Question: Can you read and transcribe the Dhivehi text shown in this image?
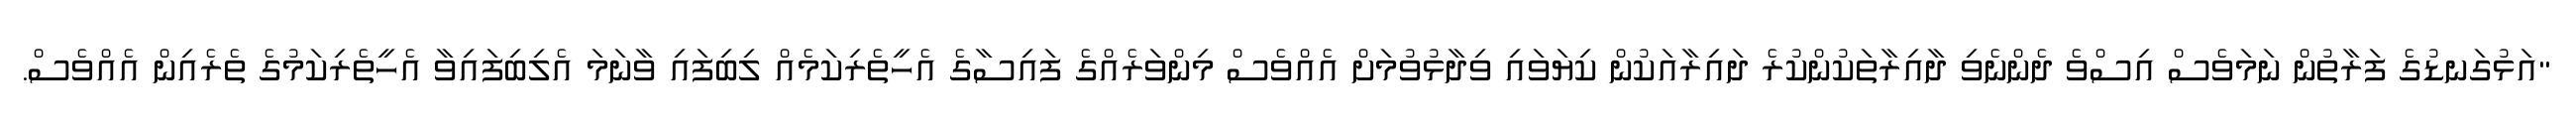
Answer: "އަޅުގަނޑުގެ ފަރާތުން ނަމަވެސް އިސްވެ ދެންނެވި ދާއިރާތަކުންކުރެ ދައިރާއަކުން ކިޔަވައި ވިދާޅުވުމަށް އެއްވެސް މިންވަރެއްގެ ފައިސާގެ އެހީތެރިކަމެއް ލިބިފައި ވާނަމަ އެލިބިފައިވާ އެހީތެރިކަމުގެ ތެރެއިން އެއްވެސް.